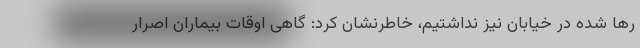
رها شده در خیابان نیز نداشتیم، خاطرنشان کرد: گاهی اوقات بیماران اصرار